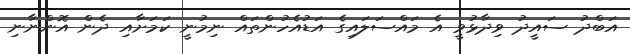
އަބްދު ސައީދު ވިދާޅުވީ އެ މައްސަލައިގެ އަޑުއެހުންތައް ނިމުނީ ކަމަށާއި ދެން އޮންނާނި